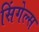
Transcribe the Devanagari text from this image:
सिंगेल्स